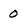
Character: 0